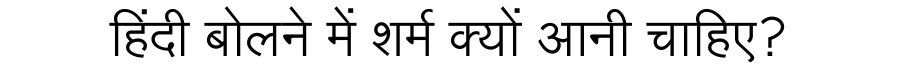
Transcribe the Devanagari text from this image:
हिंदी बोलने में शर्म क्यों आनी चाहिए?